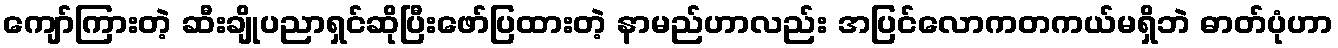
ကျော်ကြားတဲ့ ဆီးချိုပညာရှင်ဆိုပြီးဖော်ပြထားတဲ့ နာမည်ဟာလည်း အပြင်လောကတကယ်မရှိဘဲ ဓာတ်ပုံဟာ